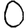
Digit: 0